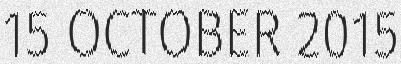
15 OCTOBER 2015